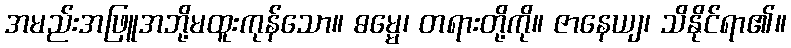
အမည်းအဖြူအဘို့မထူးကုန်သော။ ဓမ္မေ၊ တရားတို့ကို။ ဇာနေယျ၊ သိနိုင်ရာ၏။